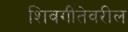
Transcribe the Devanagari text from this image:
शिवगीतेवरील